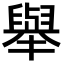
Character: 舉